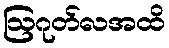
ဩဂုတ်လအထိ